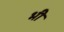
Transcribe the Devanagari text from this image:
भी